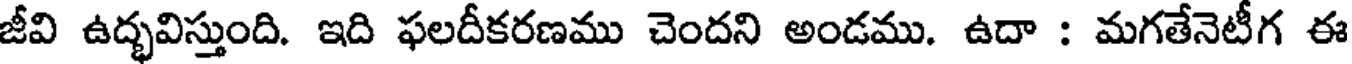
జీవి ఉద్భవిస్తుంది. ఇది ఫలదీకరణము చెందని అండము. ఉదా : మగతేనెటీగ ఈ